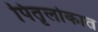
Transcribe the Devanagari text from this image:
पितृलोकात